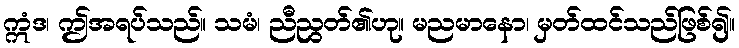
ဣံဒ၊ ဤအရပ်သည်။ သမံ၊ ညီညွတ်၏ဟု။ မညမာနော၊ မှတ်ထင်သည်ဖြစ်၍။